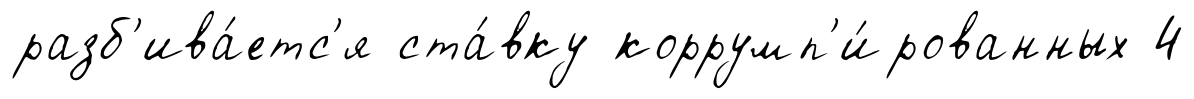
разб'ива́етс'я ста́вку коррумп'и́рованных 4